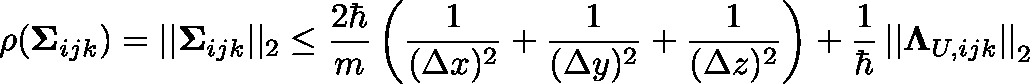
\rho ( \mathbf { \Sigma } _ { i j k } ) = | | \mathbf { \Sigma } _ { i j k } | | _ { 2 } \le \frac { 2 \hbar } { m } \left( \frac 1 { ( \Delta x ) ^ { 2 } } + \frac 1 { ( \Delta y ) ^ { 2 } } + \frac { 1 } { ( \Delta z ) ^ { 2 } } \right) + \frac 1 { \hbar } \left| \left| \mathbf \Lambda _ { U , i j k } \right| \right| _ { 2 }